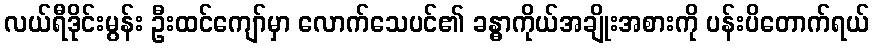
လယ်ရီဒိုင်းမွန်း ဦးထင်ကျော်မှာ လောက်သေပင်၏ ခန္ဓာကိုယ်အချိုးအစားကို ပန်းပိတောက်ရယ်